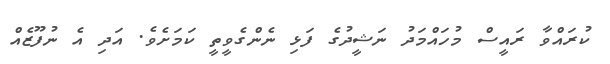
ކުރައްވާ ރައީސް މުހައްމަދު ނަޝީދުގެ ފަޅި ނެންގެވީތީ ކަމަށެވެ. އަދި އެ ނުފޫޒެއް